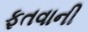
ફતવાની